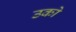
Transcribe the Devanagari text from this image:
उको